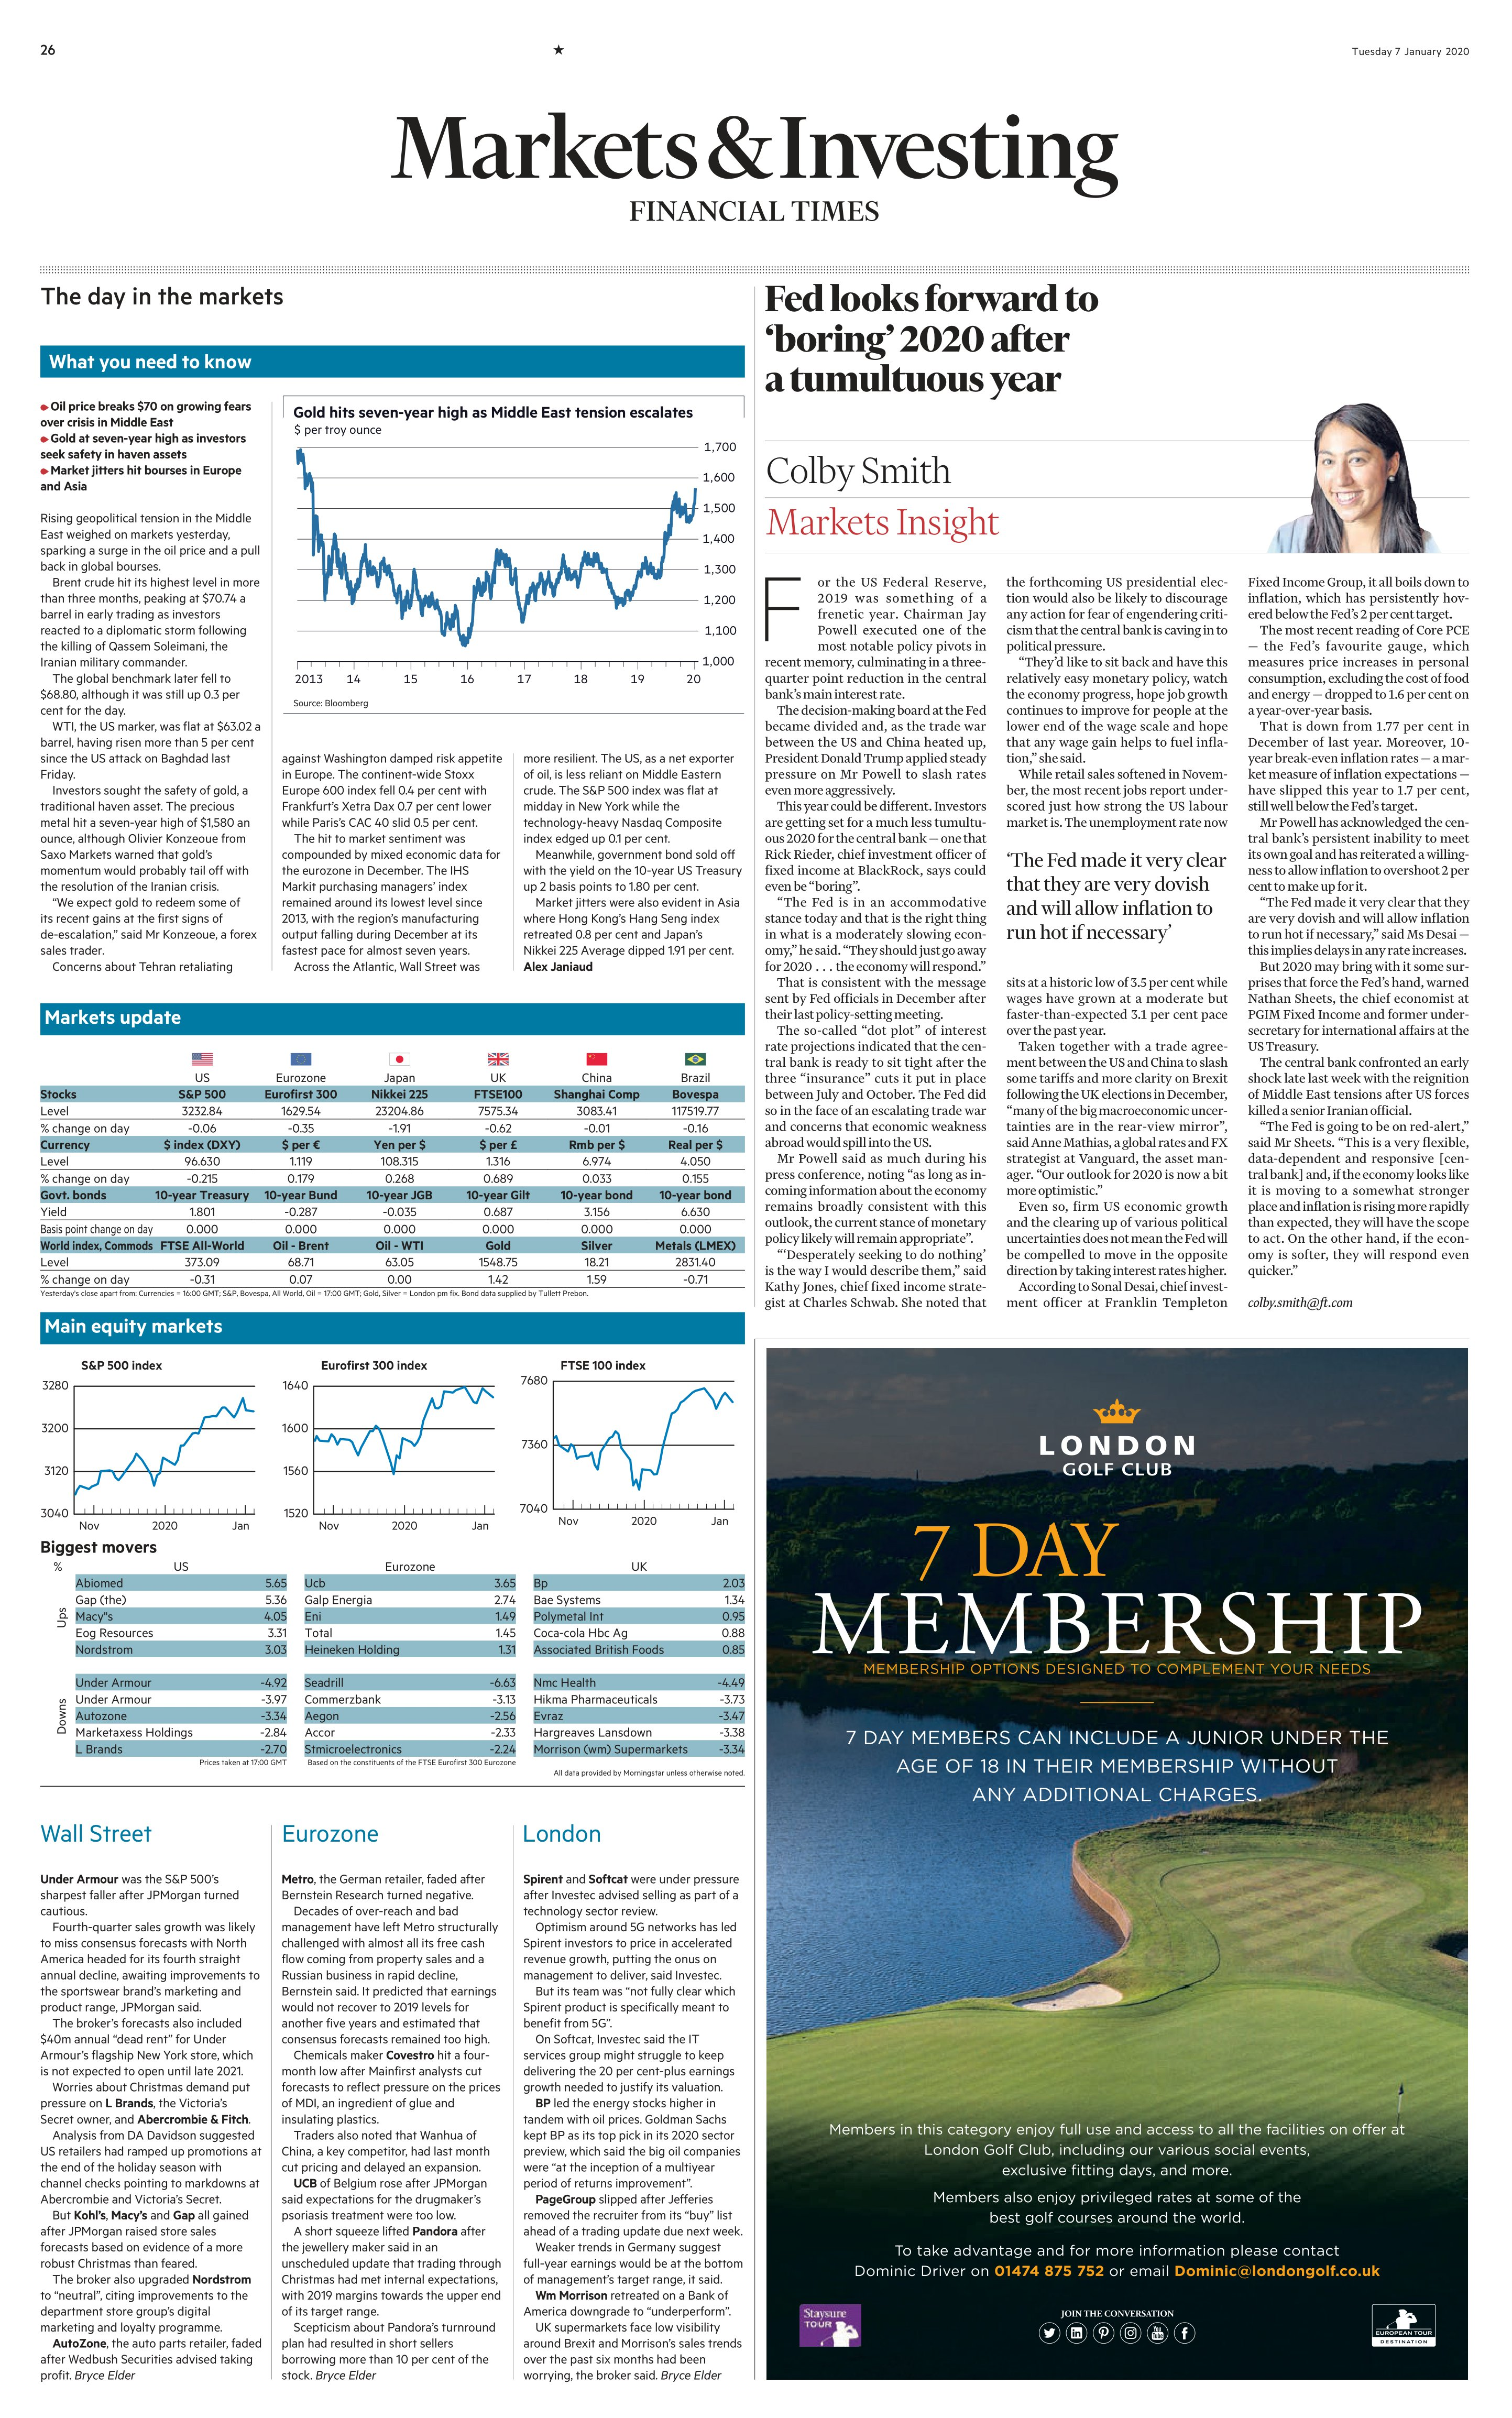
Language: en